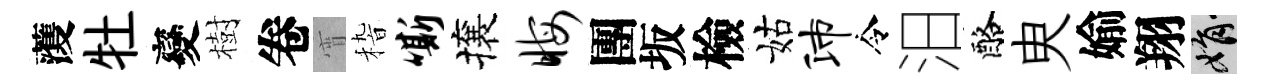
𮑮牡變樹卷宵𥟵嘶攘晦團坂檢姑沛令汨酪㬰媮翔娟